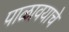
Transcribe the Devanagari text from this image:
पाळावयाचे